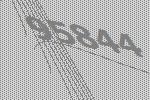
95844